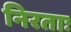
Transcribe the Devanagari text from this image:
निरताः